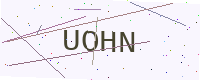
Text: UOHN